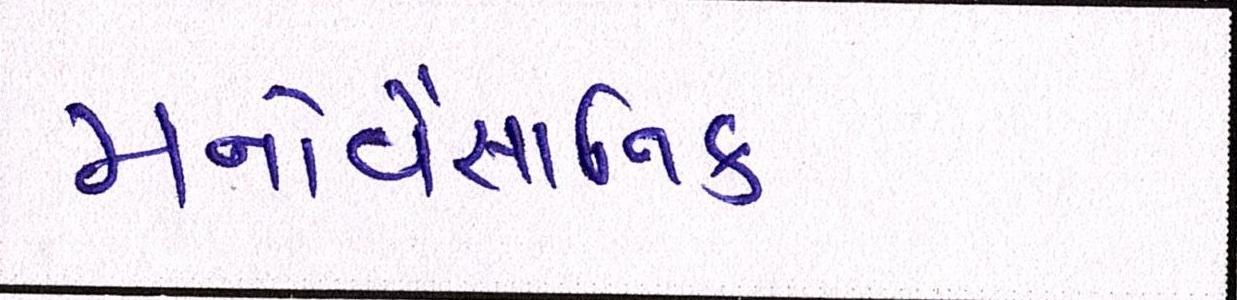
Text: મનોવૈજ્ઞાાનિક